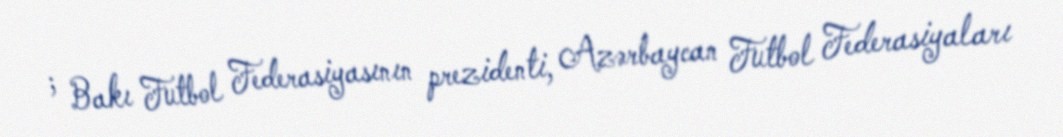
; Bakı Futbol Federasiyasının prezidenti, Azərbaycan Futbol Federasiyaları